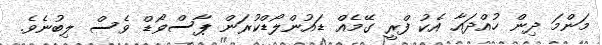
މަންމަ ދިން ހުއްދައާ އެކު ފްރީ ގޭމެއް ޑައުންލޯޑްކުރަން ޕާސްވޯޑް ވެސް ލިބުނެވެ.